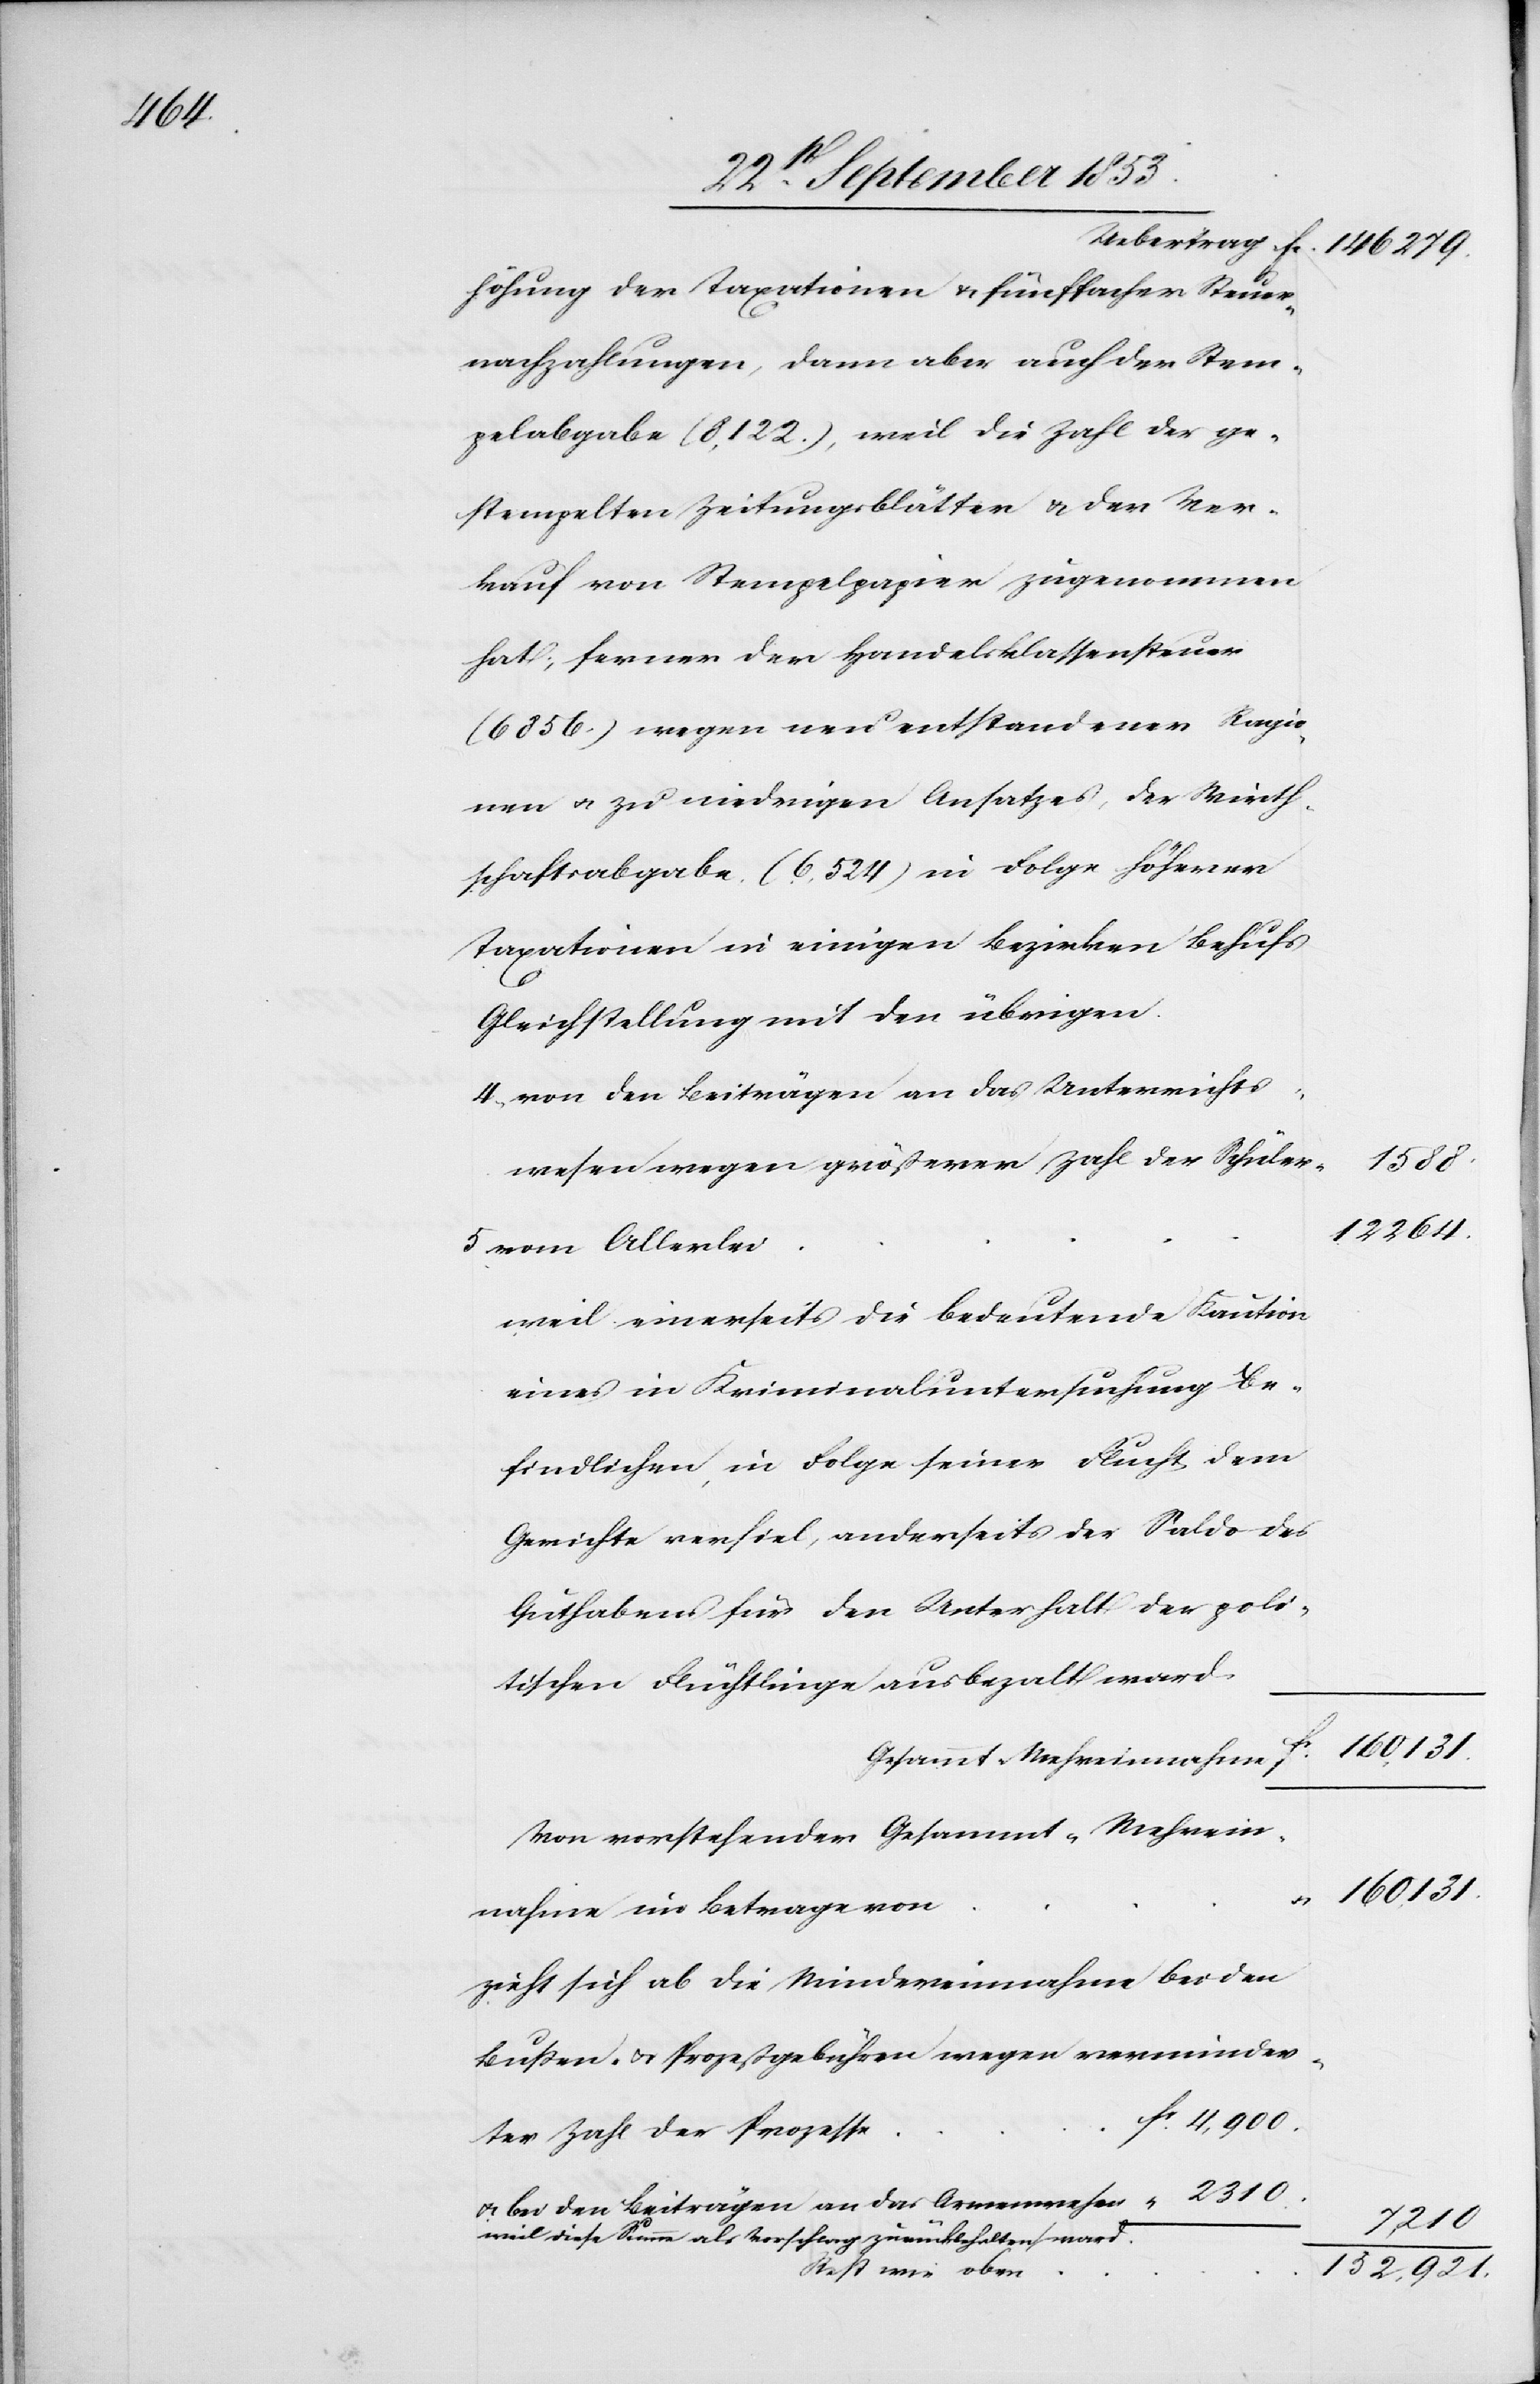
Uebertrag fr. 146279
höhung der Taxation u. fünffachen Steuer¬
nachzahlungen, dann aber auch der Stem¬
pelabgabe (8,122), weil die Zahl der ge¬
stempelten Zeitungsblätter u. der Ver¬
kauf von Stempelpapier zugenommen
hat, ferner der Handelsklassensteuer
(6856) wegen neu entstandener Ragio¬
nen- u. zu niedrigen Ansatzes, der Wirth¬
schaftsabgabe (6,524) in Folge höhern
Taxationen in einigen Bezirken behufs
Gleichstellung mit den übrigen.
“
4, von den Beiträgen an das Unterrichts¬
1588
wesen wegen größerer Zahl der Schüler
12264
5, vom Allerlei
weil einerseits die bedeutende Kaution
eines in Kriminaluntersuchung Be¬
findlichen, in Folge seiner Flucht dem
Gerichte verfiel, anderseits der Saldo des
Guthabens für den Unterhalt der poli¬
tischen Flüchtlinge ausbezalt wurde.
160131.
Gesammt Mehreinahmen
Von nachstehender Gesammt-Mehrei¬
160131
u.
nahme im Betrage von
Zieht sich ab die Mindereinnahme bei den
Bußen- u. Prozeßgebühren wegen verminder¬
fr. 4,900
ter Zahl der Prozesse
7,210
Weil diese Summe als Vorschlag zurückgehalten ward.
Rest wie oben
152,921